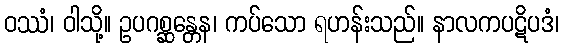
ဝဿံ၊ ဝါသို့။ ဥပဂစ္ဆန္တေန၊ ကပ်သော ရဟန်းသည်။ နာလကပဋိပဒံ၊